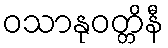
ဝသာနုဝတ္တိနီ